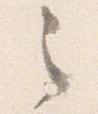
之